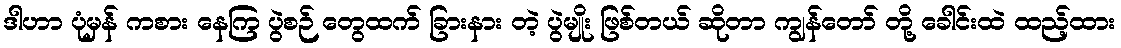
ဒါဟာ ပုံမှန် ကစား နေကြ ပွဲစဉ် တွေထက် ခြားနား တဲ့ ပွဲမျိုး ဖြစ်တယ် ဆိုတာ ကျွန်တော် တို့ ခေါင်းထဲ ထည့်ထား